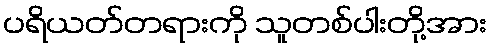
ပရိယတ်တရားကို သူတစ်ပါးတို့အား